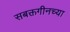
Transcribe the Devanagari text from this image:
सबक्तगीनच्या